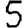
Digit: 5